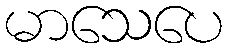
မာသေပေ